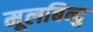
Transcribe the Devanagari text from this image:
मूलबिन्दु